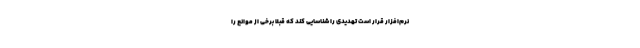
نرم‌افزار قرار است تهدیدی را شناسایی کند که قبلاً برخی از موانع را